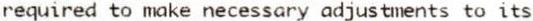
REQUIRED TO MAKE NECESSARY ADJUSTMENTS TO ITS